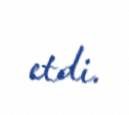
etdi.